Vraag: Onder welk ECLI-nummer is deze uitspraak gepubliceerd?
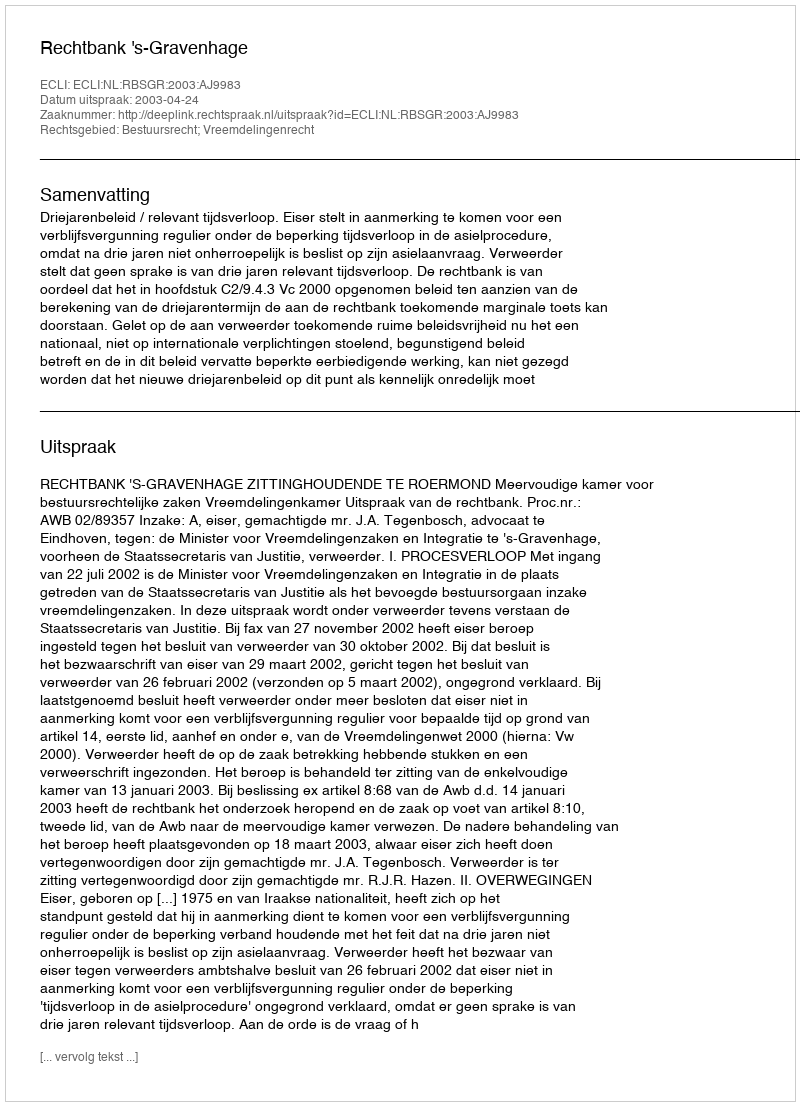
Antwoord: ECLI:NL:RBSGR:2003:AJ9983